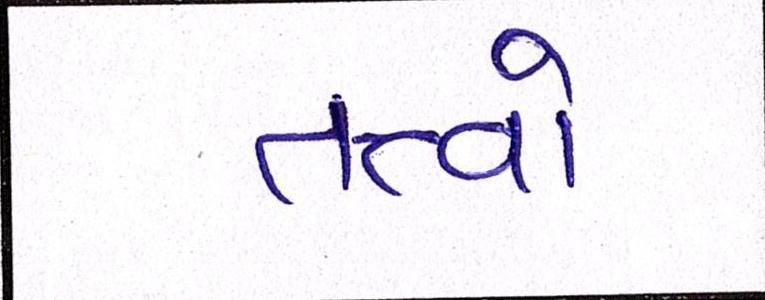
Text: તત્ત્વો